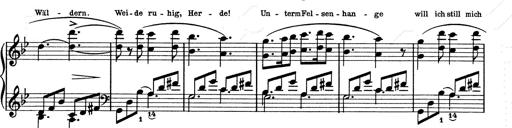
Title: 6 Polish Songs
Composer: Franz Liszt